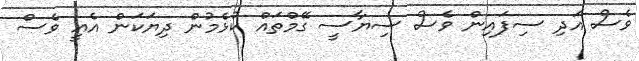
ވެސް އަދި ސިފައިން ވެސް ސިޔާސީ ގޭމްތައް ކުޅެމުން ދިޔަކަން އެއީ ވެސް